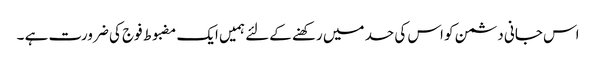
اس جانی دشمن کو اس کی حد میں رکھنے کےلئے ہمیں ایک مضبوط فوج کی ضرورت ہے ۔